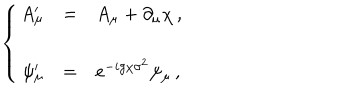
\left\{ \begin{array} { r c l } { { A _ { \mu } ^ { \prime } } } & { { = } } & { { A _ { \mu } + \partial _ { \mu } \chi \, , } } \\ { { } } & { { } } & { { } } \\ { { \psi _ { \mu } ^ { \prime } } } & { { = } } & { { e ^ { - i g \chi \sigma ^ { 2 } } \psi _ { \mu } \, , } } \\ \end{array} \right.